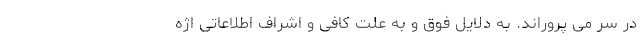
در سر می پروراند. به دلایلِ فوق و به علّتِ کافی و اشراف اطلاعاتی اژه